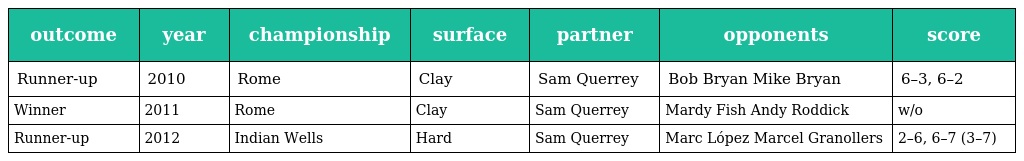
| outcome | year | championship | surface | partner | opponents | score |
 | --- | --- | --- | --- | --- | --- | --- |
 | Runner-up | 2010 | Rome | Clay | Sam Querrey | Bob Bryan Mike Bryan | 6–3, 6–2 |
 | Winner | 2011 | Rome | Clay | Sam Querrey | Mardy Fish Andy Roddick | w/o |
 | Runner-up | 2012 | Indian Wells | Hard | Sam Querrey | Marc López Marcel Granollers | 2–6, 6–7 (3–7) |